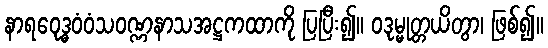
နာရဝေုဒ္ဓဝံဝံသဝဏ္ဏနာသအဋ္ဌကထာကို ပြပြီး၍။ ဝဒုမ္မုတ္တယိတွာ၊ ဖြစ်၍။